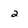
Character: 2